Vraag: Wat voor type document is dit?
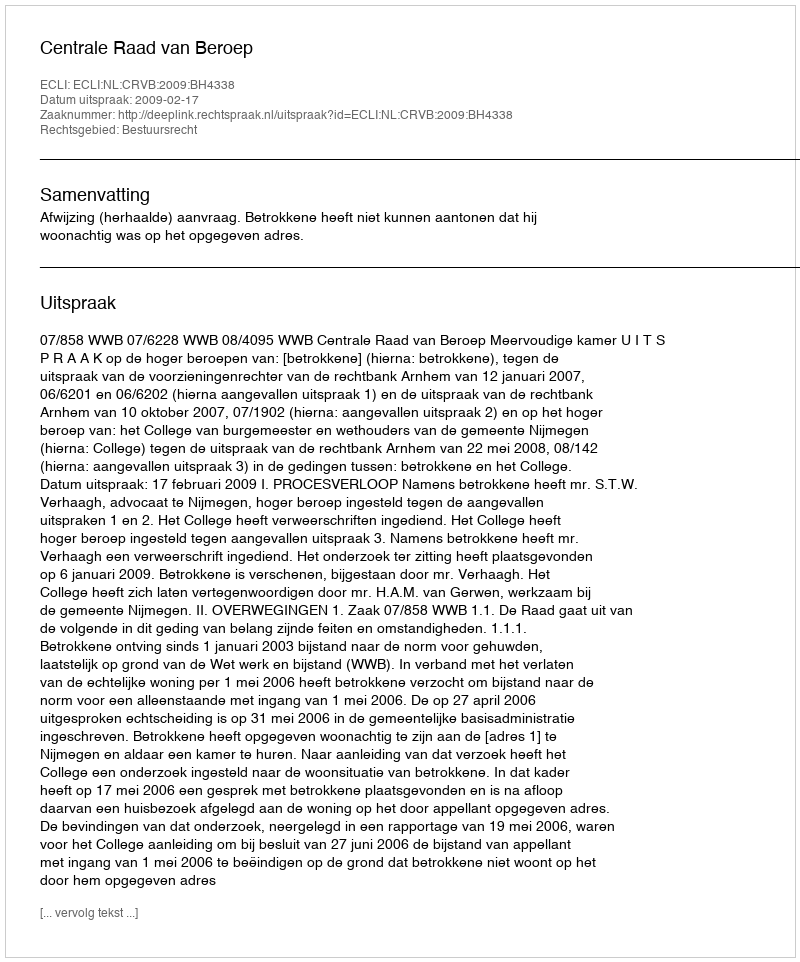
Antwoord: Uitspraak